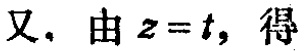
又，由\(z = t\)，得